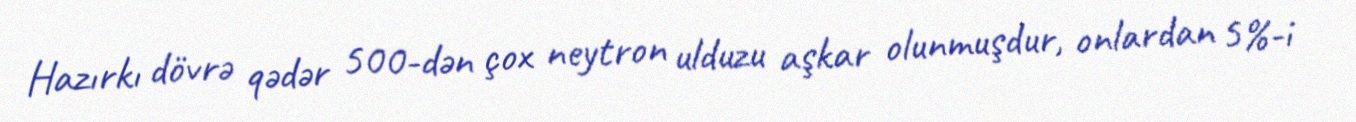
Hazırkı dövrə qədər 500-dən çox neytron ulduzu aşkar olunmuşdur, onlardan 5%-i